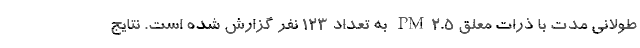
طولانی مدت با ذرات معلق PM۲.۵ به تعداد ۱۲۳ نفر گزارش شده است. نتایج